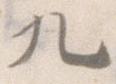
九